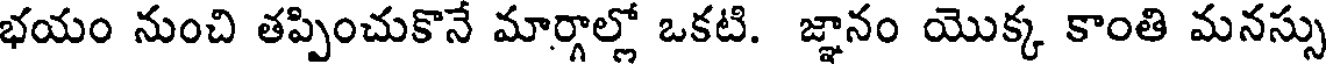
భయం నుంచి తప్పించుకొనే మార్గాల్లో ఒకటి. జ్ఞానం యొక్క కాంతి మనస్సు